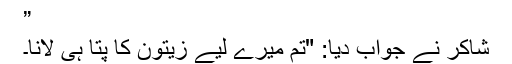
”
شاکر نے جواب دیا: "تم میرے لیے زیتون کا پتا ہی لانا۔